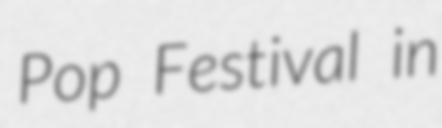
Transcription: Pop Festival in